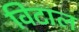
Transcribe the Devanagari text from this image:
विटाल